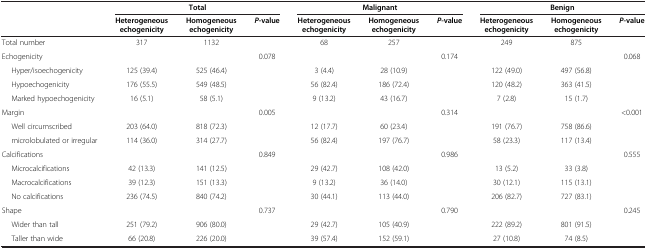
<table><thead><tr><td><b> </b></td><td colspan="3"><b>Total</b></td><td colspan="3"><b>Malignant</b></td><td colspan="3"><b>Benign</b></td></tr><tr><td><b> </b></td><td><b>Heterogeneous echogenicity</b></td><td><b>Homogeneous echogenicity</b></td><td><b><i>P</i>-value</b></td><td><b>Heterogeneous echogenicity</b></td><td><b>Homogeneous echogenicity</b></td><td><b><i>P</i>-value</b></td><td><b>Heterogeneous echogenicity</b></td><td><b>Homogeneous echogenicity</b></td><td><b><i>P</i>-value</b></td></tr></thead><tbody><tr><td>Total number</td><td>317</td><td>1132</td><td> </td><td>68</td><td>257</td><td> </td><td>249</td><td>875</td><td> </td></tr><tr><td>Echogenicity</td><td> </td><td> </td><td>0.078</td><td> </td><td> </td><td>0.174</td><td> </td><td> </td><td>0.068</td></tr><tr><td>Hyper/isoechogenicity</td><td>125 (39.4)</td><td>525 (46.4)</td><td> </td><td>3 (4.4)</td><td>28 (10.9)</td><td> </td><td>122 (49.0)</td><td>497 (56.8)</td><td> </td></tr><tr><td>Hypoechogenicity</td><td>176 (55.5)</td><td>549 (48.5)</td><td> </td><td>56 (82.4)</td><td>186 (72.4)</td><td> </td><td>120 (48.2)</td><td>363 (41.5)</td><td> </td></tr><tr><td>Marked hypoechogenicity</td><td>16 (5.1)</td><td>58 (5.1)</td><td> </td><td>9 (13.2)</td><td>43 (16.7)</td><td> </td><td>7 (2.8)</td><td>15 (1.7)</td><td> </td></tr><tr><td>Margin</td><td> </td><td> </td><td>0.005</td><td> </td><td> </td><td>0.314</td><td> </td><td> </td><td>&lt;0.001</td></tr><tr><td>Well circumscribed</td><td>203 (64.0)</td><td>818 (72.3)</td><td> </td><td>12 (17.7)</td><td>60 (23.4)</td><td> </td><td>191 (76.7)</td><td>758 (86.6)</td><td> </td></tr><tr><td>microlobulated or irregular</td><td>114 (36.0)</td><td>314 (27.7)</td><td> </td><td>56 (82.4)</td><td>197 (76.7)</td><td> </td><td>58 (23.3)</td><td>117 (13.4)</td><td> </td></tr><tr><td>Calcifications</td><td> </td><td> </td><td>0.849</td><td> </td><td> </td><td>0.986</td><td> </td><td> </td><td>0.555</td></tr><tr><td>Microcalcifications</td><td>42 (13.3)</td><td>141 (12.5)</td><td> </td><td>29 (42.7)</td><td>108 (42.0)</td><td> </td><td>13 (5.2)</td><td>33 (3.8)</td><td> </td></tr><tr><td>Macrocalcifications</td><td>39 (12.3)</td><td>151 (13.3)</td><td> </td><td>9 (13.2)</td><td>36 (14.0)</td><td> </td><td>30 (12.1)</td><td>115 (13.1)</td><td> </td></tr><tr><td>No calcifications</td><td>236 (74.5)</td><td>840 (74.2)</td><td> </td><td>30 (44.1)</td><td>113 (44.0)</td><td> </td><td>206 (82.7)</td><td>727 (83.1)</td><td> </td></tr><tr><td>Shape</td><td> </td><td> </td><td>0.737</td><td> </td><td> </td><td>0.790</td><td> </td><td> </td><td>0.245</td></tr><tr><td>Wider than tall</td><td>251 (79.2)</td><td>906 (80.0)</td><td> </td><td>29 (42.7)</td><td>105 (40.9)</td><td> </td><td>222 (89.2)</td><td>801 (91.5)</td><td> </td></tr><tr><td>Taller than wide</td><td>66 (20.8)</td><td>226 (20.0)</td><td> </td><td>39 (57.4)</td><td>152 (59.1)</td><td> </td><td>27 (10.8)</td><td>74 (8.5)</td><td> </td></tr></tbody></table>